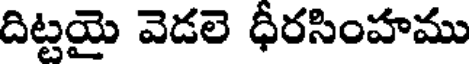
దిట్టయై వెడలె ధీరసింహము